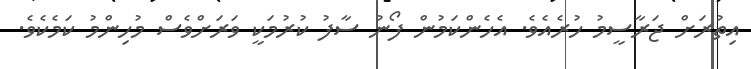
އިތުރަށް ޖަރާސީމު ހުރެއެވެ. އެހެންކަމުން ފޯނު ސާފު ކުރުމަކީ ވަރަށްވެސް މުހިންމު ކަމެކެވެ.